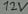
Text: 12V